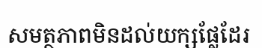
សមត្ថភាពមិនដល់យក្សផ្លែដែរ